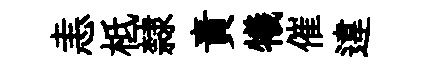
恚柢隸責犧催違